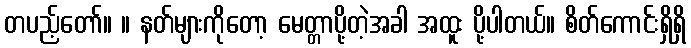
တပည့်တော်။ ။ နတ်များကိုတော့ မေတ္တာပို့တဲ့အခါ အထူး ပို့ပါတယ်။ စိတ်ကောင်းရှိရှိ